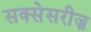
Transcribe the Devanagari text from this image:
सक्सेसरीज़